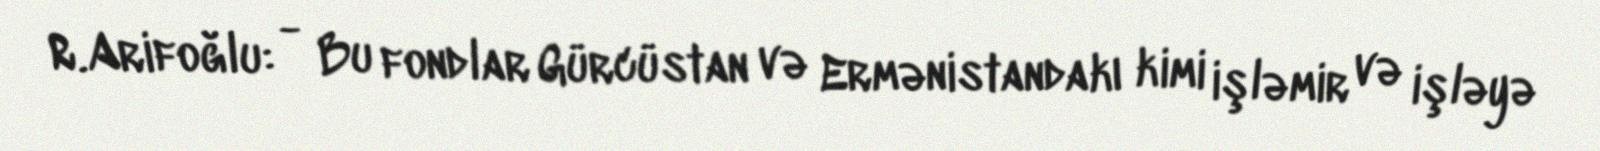
R.Arifoğlu: - Bu fondlar Gürcüstan və Ermənistandakı kimi işləmir və işləyə